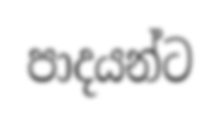
පාදයන්ට